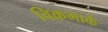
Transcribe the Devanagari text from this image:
विक्रमार्क